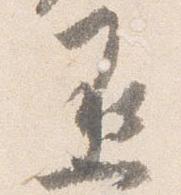
丞